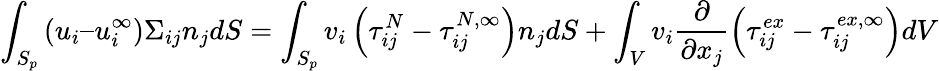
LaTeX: \int_{S_{p}}\left(u_{i}–u_{i}^{\infty}\right)\Sigma_{ij}n_{j}dS=\int_{S_{p}}v_{i}\left(\tau_{ij}^{N}-\tau_{ij}^{N,\infty}\right)n_{j}dS+\int_{V}v_{i}\frac{\partial}{\partial x_{j}}\left(\tau_{ij}^{ex}-\tau_{ij}^{ex,\infty}\right)dV